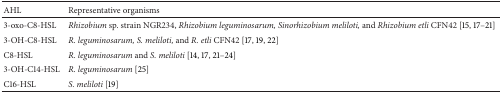
<table><thead><tr><td><b>AHL</b></td><td><b>Representative organisms</b></td></tr></thead><tbody><tr><td>3-oxo-C8-HSL</td><td><i>Rhizobium</i> sp. strain NGR234, <i>Rhizobium leguminosarum, Sinorhizobium meliloti,</i> and<i> Rhizobium etli</i> CFN42 [15, 17–21]</td></tr><tr><td>3-OH-C8-HSL</td><td><i>R. leguminosarum, S. meliloti, </i>and <i>R. etli</i> CFN42 [17, 19, 22]</td></tr><tr><td>C8-HSL</td><td><i>R. leguminosarum</i> and<i> S. meliloti</i> [14, 17, 21–24]</td></tr><tr><td>3-OH-C14-HSL</td><td><i>R. leguminosarum</i> [25]</td></tr><tr><td>C16-HSL</td><td><i>S. meliloti</i> [19]</td></tr></tbody></table>